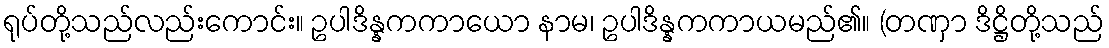
ရုပ်တို့သည်လည်းကောင်း။ ဥပါဒိန္နကကာယော နာမ၊ ဥပါဒိန္နကကာယမည်၏။ (တဏှာ ဒိဋ္ဌိတို့သည်